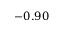
- 0 . 9 0